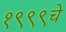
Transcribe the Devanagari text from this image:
१९९९चे